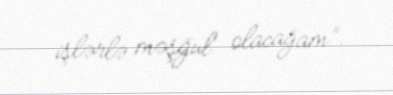
işlərlə məşğul olacağam”.